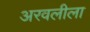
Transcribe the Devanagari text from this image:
अरवलीला